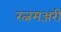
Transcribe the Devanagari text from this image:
रत्नमञ्जरी